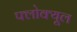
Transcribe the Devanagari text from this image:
फ्लोक्यूल